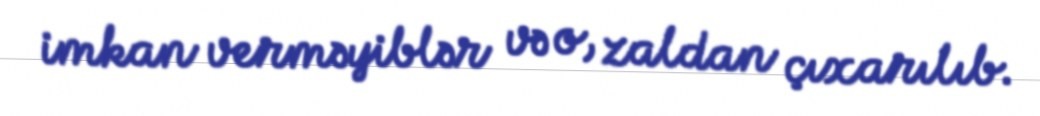
imkan verməyiblər və o, zaldan çıxarılıb.